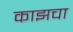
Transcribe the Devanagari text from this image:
काझचा